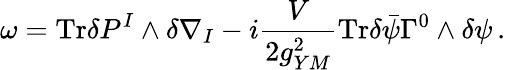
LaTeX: \omega=\mathrm{Tr}\delta P^{I}\wedge\delta\nabla_{I}-i\frac{V}{2g_{YM}^{2}}\mathrm{Tr}\delta\bar{\psi}\Gamma^{0}\wedge\delta\psi\, .